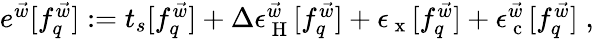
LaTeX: \begin{array}{r}{e^{\vec{w}}[f_{q}^{\vec{w}}]:=t_{s}[f_{q}^{\vec{w}}]+\Delta\epsilon_{\mathrm{~H~}}^{\vec{w}}[f_{q}^{\vec{w}}]+\epsilon_{\mathrm{~x~}}[f_{q}^{\vec{w}}]+\epsilon_{\mathrm{~c~}}^{\vec{w}}[f_{q}^{\vec{w}}]\; ,}\end{array}